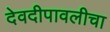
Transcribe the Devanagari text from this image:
देवदीपावलीचा